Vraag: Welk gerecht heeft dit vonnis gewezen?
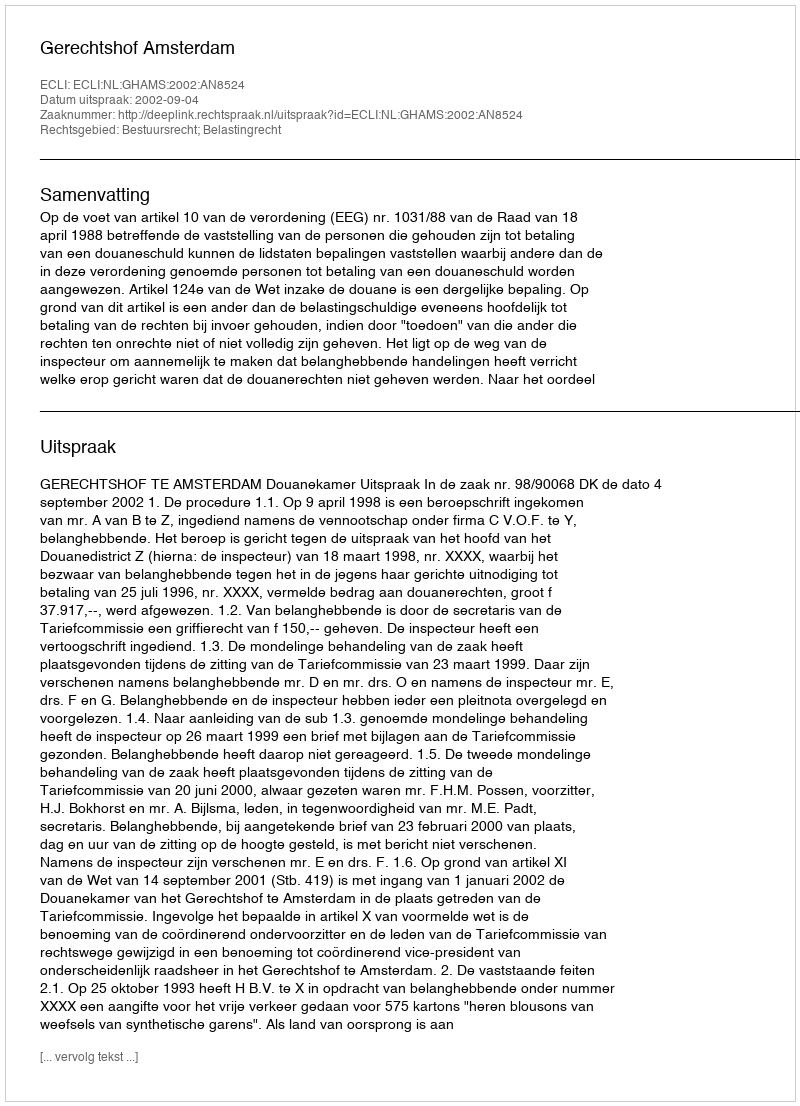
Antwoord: Gerechtshof Amsterdam